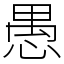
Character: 愚